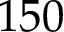
1 5 0